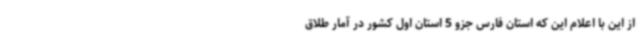
از این با اعلام این که استان فارس جزو 5 استان اول کشور در آمار طلاق